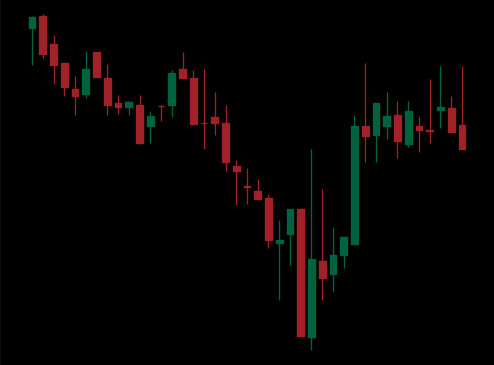
Pattern: inverse_head_shoulders